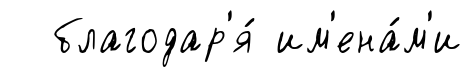
благодар'я́ им'ена́м'и